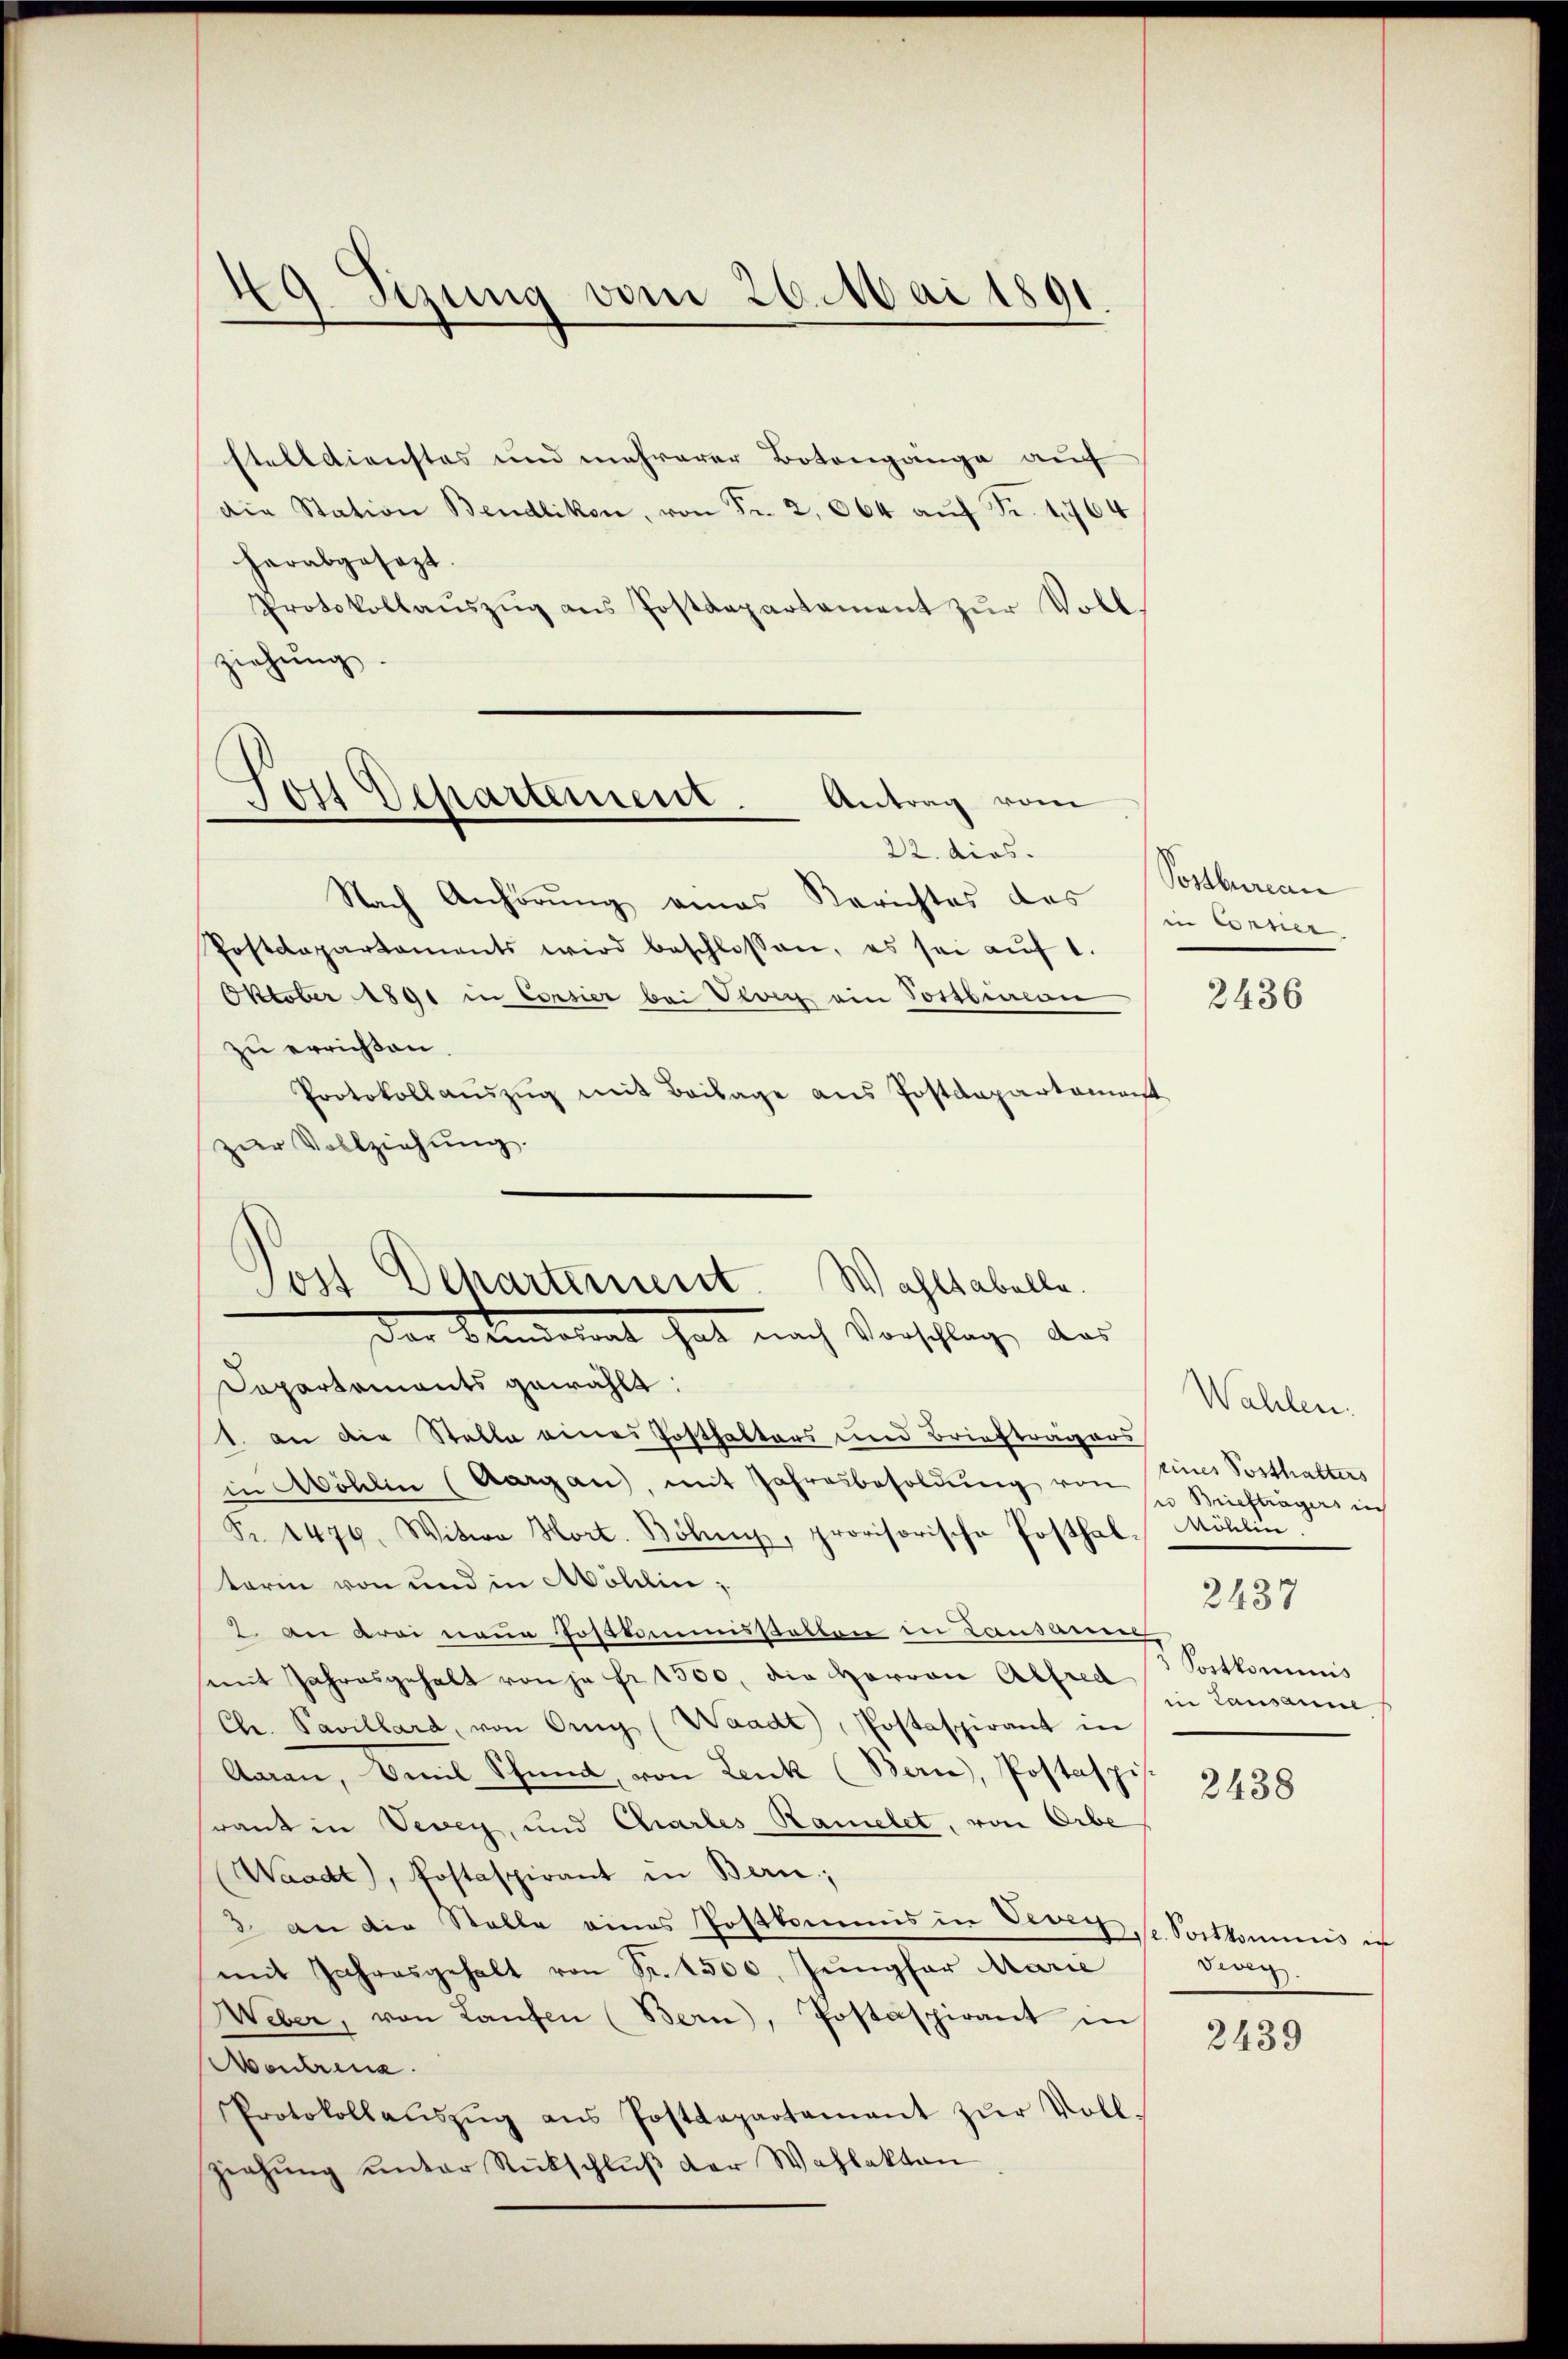
d
9. Sizung vom 26. Mai 1891.

stelldienstes und mehrerer Botengänge auf
Die Station Bendlikon, von Fr. 2, 664 auf Fr. 1764
herabgesezt.
Protokollaŭszŭg ans Postdepartament zŭr Voll-
ziehung

Nach Anhörung eines Berichtes des Corsier
Postdepartaments wird beschlossen, es sei aŭf 1.
Oktober 1891 in Corsier bei Vevey ein Postbureau
zu errißen.
Protokollaŭszŭg mit Beilage aus Postdepartament
zur Vollziehung.
Dapartements gewählt:
1. an die Stelle eines Posthalters und Briefträgers
in Wohlen (Aargau, mit Jahresbesoldŭng von Briefträgers in
Fr. 1476. Witwe Hort. Böhnung, provisorische Posthal-Möhlin.
term von und in Möhlin;
2. an drei neue Postkommisstatten in Lauslereren,
mit Jahresgehalt von je Fr. 1500, die Herren Alfred
Chr. Pavillard, von Orng (Waadt, Postaspirant in
Aarau, Emil Schmidt von Lenk (Bern, Postaspis
rant in Vevey, und Charles Ramelet, von Orbe
Waadt, Postaspirant in Bern;
3 an die Stelle eines Postkommis in Veren, s. Sortkommnis in
mit Jahresgehalt von Fr. 1500. Jungfer Marie
Weber, von Laufen (Bern, Postaspirant in
Montrena
Protokollaŭszŭg ans Postdepartamant zŭr Voll-
ziehŭng unter Rückschlŭβ der Wahlakten

ort Departement. Antrag vom
22. dies

Wahltabelle.
Sost Departement.
Der Sandalent hat nach Vorschlag, das

Postbureau

2436

Wahlen.
eines Posthalters
2437
Sostkommnis
in Lausanne

2438

Diver

2439